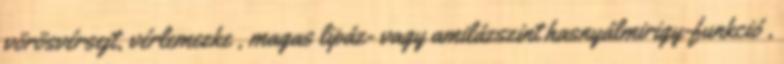
vörösvérsejt, vérlemezke , magas lipáz- vagy amilázszint hasnyálmirigy-funkció ,